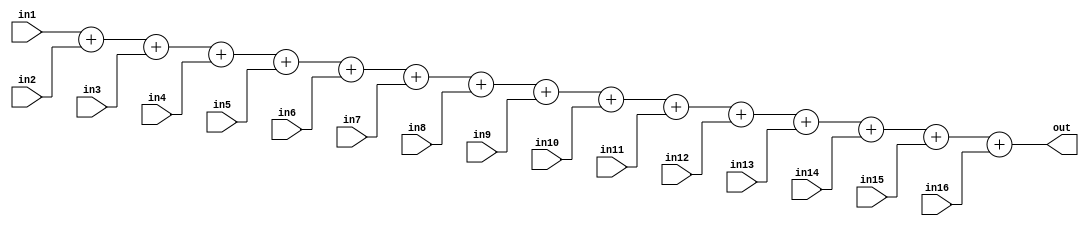
////////////////////////////////////////////////////////////////////////////////////////////////////////
//
// Institution   : Bandung Institute of Technology
//
// Module Name   : adder16
// Project Name  : LSI Design Contest in Okinawa 2018
// Target Devices: Sigmoid Function
// Tool versions : Vivado 2016.4
//
// Description: 
// 		Performing addition between for 16 input values
// 
//
// Revision: 
// Revision 0.01 - File Created
// Additional Comments: Addtion using operator +
//
///////////////////////////////////////////////////////////////////////////////////////////////////////

module adder16(in1,in2,in3,in4,in5,in6,in7,in8,in9,in10,in11,in12,in13,in14,in15,in16,out);

parameter DWIDTH=32;
parameter AWIDTH=10;
parameter IWIDTH=64;
parameter HiddenNeuron=16;
parameter x=4;
parameter Layer=3;
parameter learningrate = 32'b00000000000000000000011010001101;

input [DWIDTH-1:0] in1,in2,in3,in4,in5,in6,in7,in8,in9,in10,in11,in12,in13,in14,in15,in16;
output [DWIDTH-1:0] out;

assign out=in1+in2+in3+in4+in5+in6+in7+in8+in9+in10+in11+in12+in13+in14+in15+in16;

endmodule